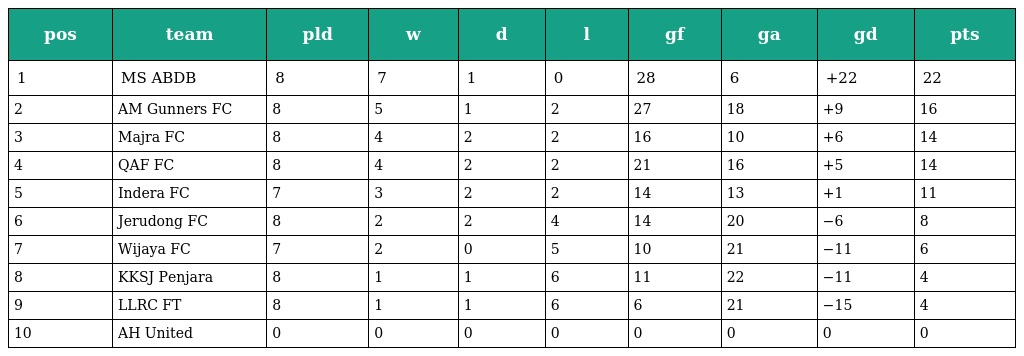
| pos | team | pld | w | d | l | gf | ga | gd | pts |
 | --- | --- | --- | --- | --- | --- | --- | --- | --- | --- |
 | 1 | MS ABDB | 8 | 7 | 1 | 0 | 28 | 6 | +22 | 22 |
 | 2 | AM Gunners FC | 8 | 5 | 1 | 2 | 27 | 18 | +9 | 16 |
 | 3 | Majra FC | 8 | 4 | 2 | 2 | 16 | 10 | +6 | 14 |
 | 4 | QAF FC | 8 | 4 | 2 | 2 | 21 | 16 | +5 | 14 |
 | 5 | Indera FC | 7 | 3 | 2 | 2 | 14 | 13 | +1 | 11 |
 | 6 | Jerudong FC | 8 | 2 | 2 | 4 | 14 | 20 | −6 | 8 |
 | 7 | Wijaya FC | 7 | 2 | 0 | 5 | 10 | 21 | −11 | 6 |
 | 8 | KKSJ Penjara | 8 | 1 | 1 | 6 | 11 | 22 | −11 | 4 |
 | 9 | LLRC FT | 8 | 1 | 1 | 6 | 6 | 21 | −15 | 4 |
 | 10 | AH United | 0 | 0 | 0 | 0 | 0 | 0 | 0 | 0 |